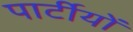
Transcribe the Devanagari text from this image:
पार्टीयों